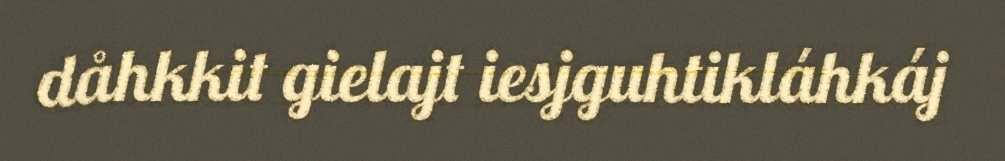
dåhkkit gielajt iesjguhtikláhkáj